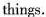
things.